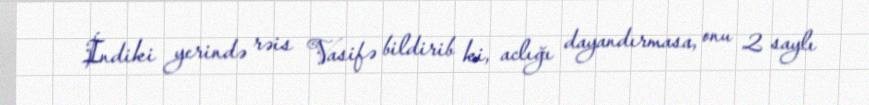
İndiki yerində rəis Vasifə bildirib ki, aclığı dayandırmasa, onu 2 saylı